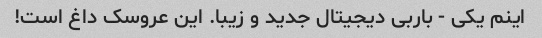
اینم یکی - باربی دیجیتال جدید و زیبا. این عروسک داغ است!